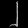
Digit: ၂